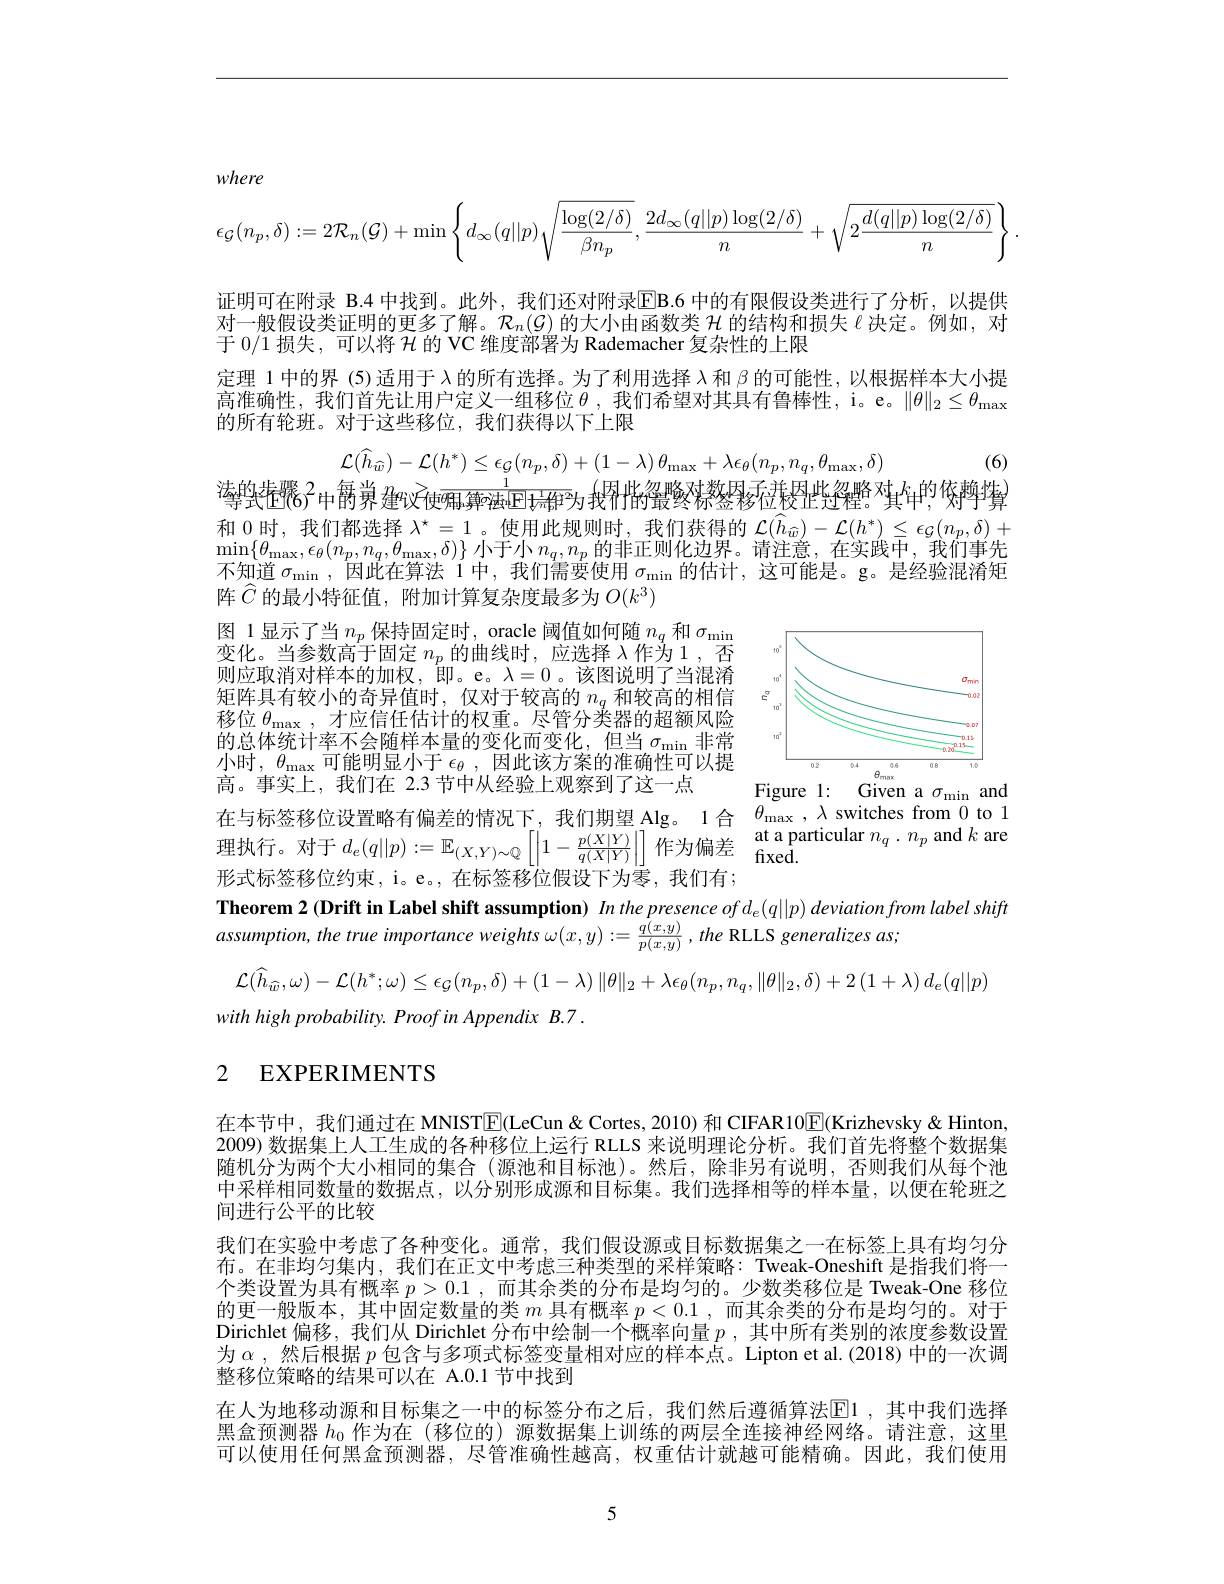
where
$$\epsilon_{\mathcal{G}}(n_p,\delta):=2\mathcal{R}_n(\mathcal{G})+\min\left\{d_\infty(q||p)\sqrt{\frac{\log(2/\delta)}{\beta n_p}},\frac{2d_\infty(q||p)\log(2/\delta)}{n}+\sqrt{2\frac{d(q||p)\log(2/\delta)}{n}}\right\}.$$
证明可在附录 B.4 中找到。此外，我们还对附录$\overline{\mathrm{E}}$B.6 中的有限假设类进行了分析，以提供对一般假设类证明的更多了解。$\mathcal{R}_n(\mathcal{G})$的大小由函数类$\mathcal{H}$的结构和损失$\ell$决定。例如，对于 0/1 损失，可以将$\mathcal{H}$的 VC 维度部署为 Rademacher 复杂性的上限
定理 1 中的界 (5) 适用于$\lambda$的所有选择。为了利用选择$\lambda$和$\beta$的可能性，以根据样本大小提高准确性，我们首先让用户定义一组移位$\theta$,我们希望对其具有鲁棒性，i。e。$\|\theta\|_2\leq\theta_{\max}$ 的所有轮班。对于这些移位，我们获得以下上限

(6)
$$\mathcal{L}(\widehat{h}_{\widehat{w}})-\mathcal{L}(h^{*})\leq\epsilon_{\mathcal{G}}(n_{p},\delta)+(1-\lambda)\:\theta_{\mathrm{max}}+\lambda\epsilon_{\theta}(n_{p},n_{q},\theta_{\mathrm{max}},\delta)$$
$\text{導致拒}^{2}$中爵弟$x_\text{建议}\frac1{\text{使}\overline{\text{唰ود്മപ}\mathbb{E}}(\text{ホ্ট})}$为找用性$y_\text{最终称签移位校性符瞿。其}^{k_{,}}$的依轉算$\begin{array}{c}\text{和 0 时，我们都选择 }\lambda^{\star}=1\\\min\{\theta_{mm}\epsilon_{o}(n_{m},n_{m},\theta_{mm},\delta)\}\text{ 小于小}n_{m}n_{m}\text{ 的非正则化边界。请注音}&\text{在实践中}\\\end{array}$ $\begin{array}{l}{\operatorname*{min}\{\theta_{\max},\epsilon_{\theta}(n_{p},n_{q},\theta_{\max},\delta)\}\text{ 小于小 }n_{q},n_{p}\text{ 的非正则化边界。请注意，在实践中，我们事先}}\\{\text{不知道 }\sigma_{\min},\text{ 因此在算法 }1\text{ 中，我们需要使用 }\sigma_{\min}\text{的估计，这可能是。g。是经验混淆矩}}\end{array}$ 阵$\widehat{C}$ 的最小特征值，附加计算复杂度最多为 $O(k^3)$

<FigureHere>
Figure 1: Given a$\sigma _{\mathrm{min}}$ and

图 1显示了当$n_p$保持固定时，oracle 阈值如何随$n_q$和$\sigma_\mathrm{min}$ 变化。当参数高于固定$n_p$的曲线时，应选择$\lambda$作为1，否则应取消对样本的加权，即。e。$\lambda=0$。该图说明了当混淆矩阵具有较小的奇异值时，仅对于较高的$n_q$和较高的相信移位$\theta_\mathrm{max}$,才应信任估计的权重。尽管分类器的超额风险的总体统计率不会随样本量的变化而变化，但当$\sigma_\mathrm{min}$非常小时，$\theta_\mathrm{max}$可能明显小于$\epsilon_\theta$,因此该方案的准确性可以提高。事实上，我们在 2.3 节中从经验上观察到了这一点
在 与 标 签 移 位 设 置 略 有 偏 差 的 情 况 下 , 我 们 期 望 Alg。1合 $\theta _{\max }, \lambda$ switches from 0 to 1 理 执 行 。对 于 $d_{e}( q| | p) : = \mathbb{E} _{( X, Y) \sim \mathbb{Q} }\left [ \left | 1- \frac {p( X| Y) }{q( X| Y) }\right | \right ]$作 为 偏 差 at a particular $n_{q}. n_{p}$ and $k$ are 平 式 卡 资 移 位 物 市 a 在 标 农 移 位 假 沿 下 为 零 垂 们 右 .
形式标签移位约束，i。e。, 在标签移位假设下为零，我们有；
Theorem 2 (Drift in Label shift assumption) In the presence of $d_e(q||p)$ deviation from label shifft
$assumption,thetrueimportanceweights\omega(x,y):=\frac{\dot{q}(x,y)}{p(x,y)},the$ RLLS generalizes as;
$\mathcal{L}(\widehat{h}_{\widehat{w}},\omega)-\mathcal{L}(h^{*};\omega)\leq\epsilon_{\mathcal{G}}(n_{p},\delta)+(1-\lambda)\left\|\theta\right\|_{2}+\lambda\epsilon_{\theta}(n_{p},n_{q},\|\theta\|_{2},\delta)+2\left(1+\lambda\right)d_{e}(q||p)$

$\theta _{\mathrm{max}}$ , $\lambda$ switches from 0 to 1

with high probability. Proof in Appendix B.7 .

# 2 EXPERIMENTS

在本节中，我们通过在 MNISTE(LeCun&Cortes,2010) 和 CIFAR10$\underline{\mathrm{E}}($Krizhevsky &Hinton, 2009) 数据集上人工生成的各种移位上运行 RLLS 来说明理论分析。我们首先将整个数据集随机分为两个大小相同的集合 (源池和目标池)。然后，除非另有说明，否则我们从每个池中采样相同数量的数据点，以分别形成源和目标集。我们选择相等的样本量，以便在轮班之间进行公平的比较
我们在实验中考虑了各种变化。通常，我们假设源或目标数据集之一在标签上具有均匀分布。在非均匀集内，我们在正文中考虑三种类型的采样策略：Tweak-Oneshift 是指我们将一个类设置为具有概率$p>0.1$ ,而其余类的分布是均匀的。少数类移位是 Tweak-One 移位的更一般版本，其中固定数量的类$m$具有概率$p<0.1$,而其余类的分布是均匀的。对于Dirichlet 偏移，我们从 Dirichlet 分布中绘制一个概率向量$p$ ,其中所有类别的浓度参数设置为$\alpha$ ,然后根据$p$包含与多项式标签变量相对应的样本点。Lipton et al.(2018)中的一次调整移位策略的结果可以在 A.0.1 节中找到
在人为地移动源和目标集之一中的标签分布之后，我们然后遵循算法$\overline{\mathrm{E}}$1 ,其中我们选择黑盒预测器$h_0$作为在 (移位的) 源数据集上训练的两层全连接神经网络。请注意，这里可以使用任何黑盒预测器，尽管准确性越高，权重估计就越可能精确。因此，我们使用

5